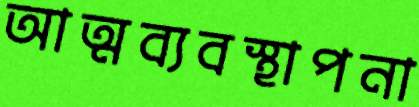
আত্মব্যবস্থাপনা